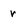
Character: r